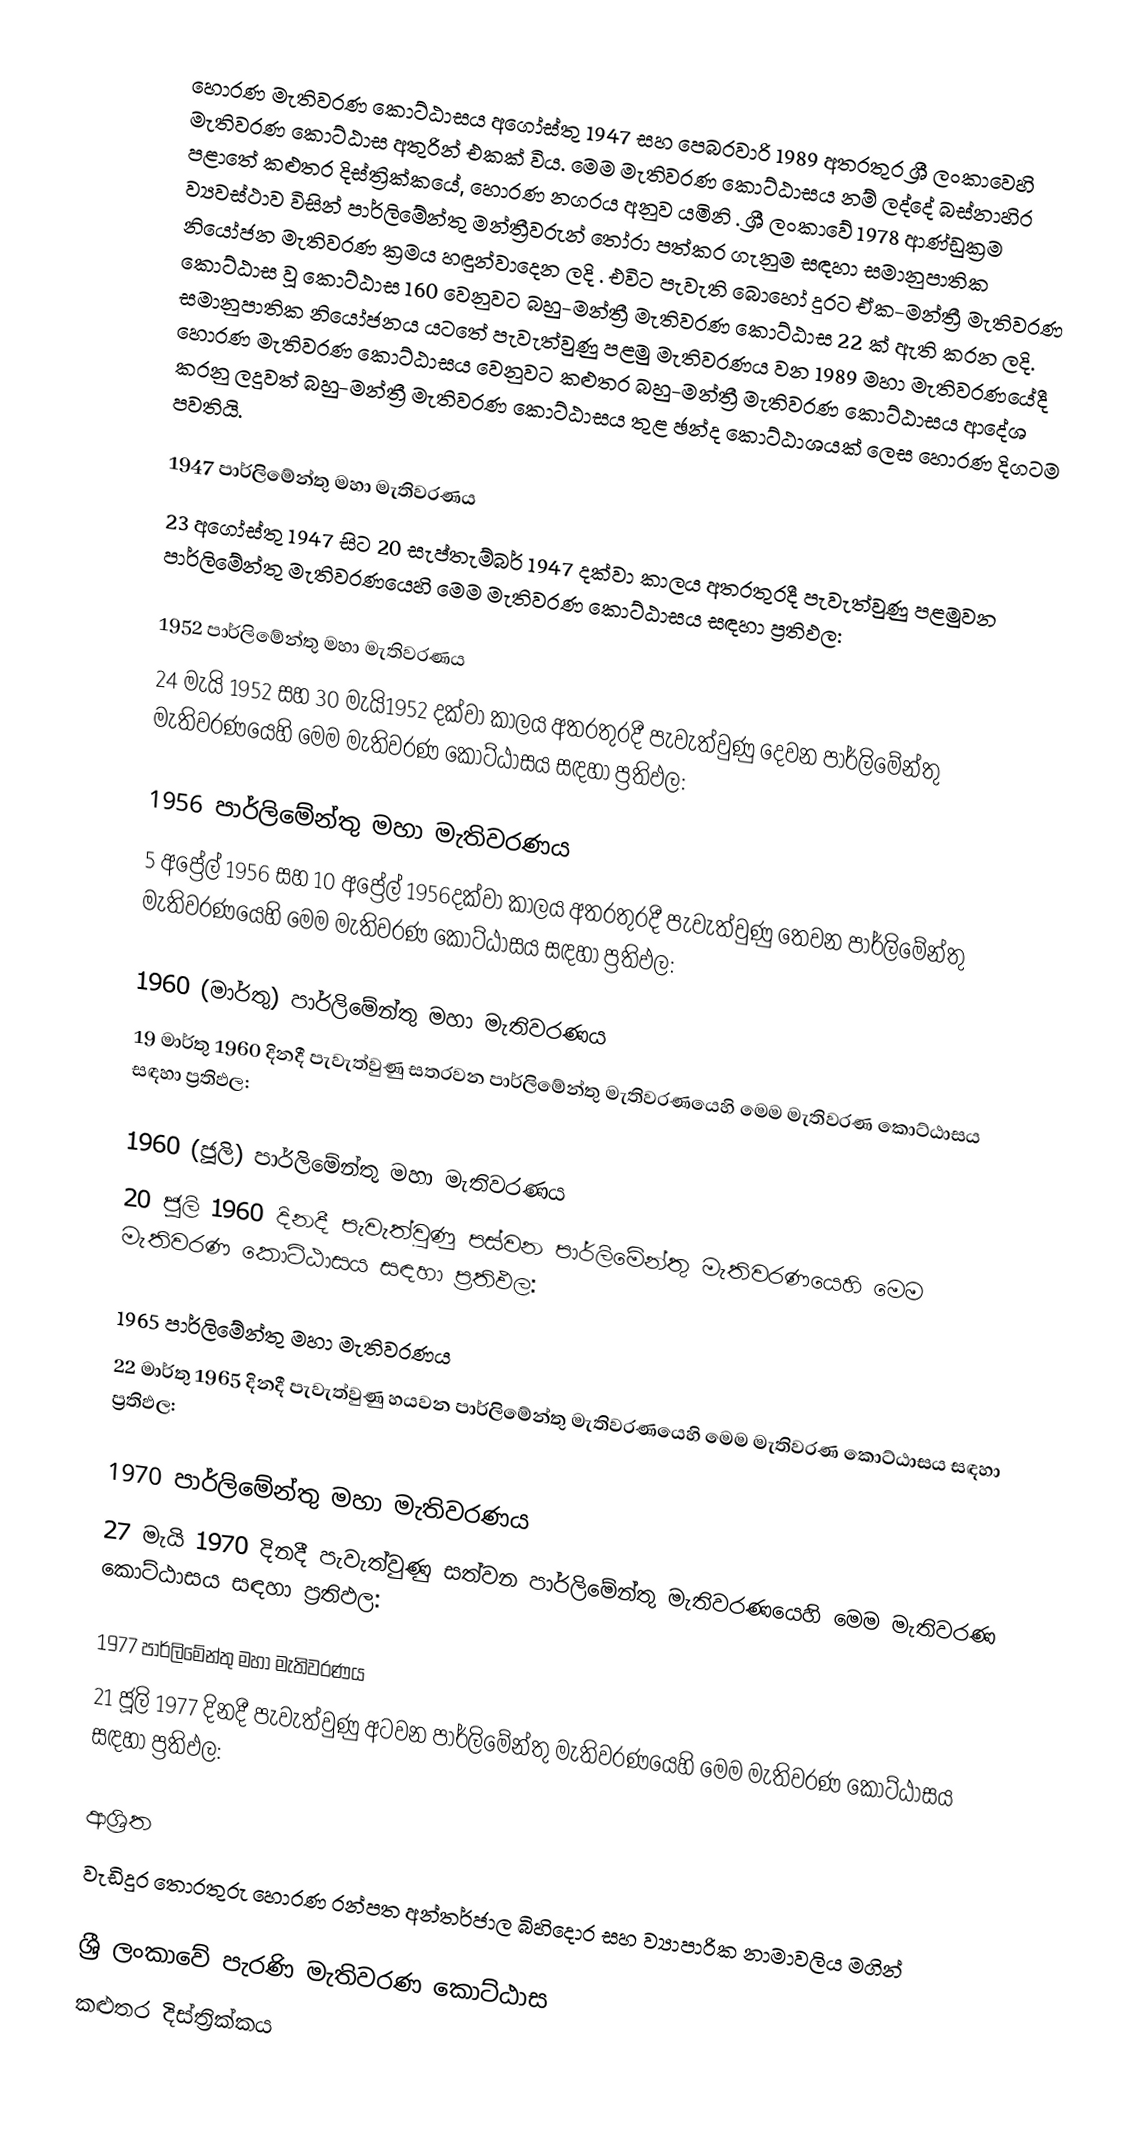
හොරණ මැතිවරණ කොට්ඨාසය  අගෝස්තු 1947 සහ පෙබරවාරි 1989 අතරතුර  ශ්‍රී ලංකාවෙහි  මැතිවරණ කොට්ඨාස අතුරින් එකක් විය. මෙම මැතිවරණ කොට්ඨාසය නම් ලද්දේ  බස්නාහිර පළාතේ  කළුතර දිස්ත්‍රික්කයේ,  හොරණ නගරය අනුව යමිනි . ශ්‍රී ලංකාවේ 1978 ආණ්ඩුක්‍රම ව්‍යවස්ථාව විසින්   පාර්ලිමේන්තු මන්ත්‍රීවරුන් තෝරා පත්කර ගැනුම සඳහා සමානුපාතික නියෝජන මැතිවරණ ක්‍රමය හඳුන්වාදෙන ලදි . එවිට පැවැති බොහෝ දුරට  ඒක-මන්ත්‍රී මැතිවරණ කොට්ඨාස වූ කොට්ඨාස 160 වෙනුවට බහු-මන්ත්‍රී මැතිවරණ කොට්ඨාස 22 ක් ඇති කරන ලදි. සමානුපාතික නියෝජනය යටතේ පැවැත්වුණු පළමු මැතිවරණය වන 1989 මහා මැතිවරණයේදී  හොරණ මැතිවරණ කොට්ඨාසය වෙනුවට  කළුතර බහු-මන්ත්‍රී මැතිවරණ කොට්ඨාසය  ආදේශ කරනු ලදුවත් බහු-මන්ත්‍රී මැතිවරණ කොට්ඨාසය තුළ ඡන්ද කොට්ඨාශයක් ලෙස හොරණ දිගටම පවතියි.

1947 පාර්ලිමේන්තු මහා මැතිවරණය
23 අගෝස්තු 1947 සිට 20 සැප්තැම්බර් 1947 දක්වා කාලය අතරතුරදී පැවැත්වුණු  පළමුවන පාර්ලිමේන්තු මැතිවරණයෙහි මෙම මැතිවරණ කොට්ඨාසය සඳහා ප්‍රතිඵල:

1952 පාර්ලිමේන්තු මහා මැතිවරණය
24 මැයි 1952 සහ 30 මැයි1952 දක්වා කාලය අතරතුරදී පැවැත්වුණු  දෙවන පාර්ලිමේන්තු මැතිවරණයෙහි මෙම මැතිවරණ කොට්ඨාසය සඳහා ප්‍රතිඵල:

1956 පාර්ලිමේන්තු මහා මැතිවරණය
5 අප්‍රේල් 1956 සහ 10 අප්‍රේල් 1956දක්වා කාලය අතරතුරදී පැවැත්වුණු  තෙවන පාර්ලිමේන්තු මැතිවරණයෙහි මෙම මැතිවරණ කොට්ඨාසය සඳහා ප්‍රතිඵල:

1960 (මාර්තු) පාර්ලිමේන්තු මහා මැතිවරණය
19 මාර්තු 1960 දිනදී පැවැත්වුණු  සතරවන පාර්ලිමේන්තු මැතිවරණයෙහි මෙම මැතිවරණ කොට්ඨාසය සඳහා ප්‍රතිඵල:

1960 (ජූලි) පාර්ලිමේන්තු මහා මැතිවරණය
20 ජූලි 1960 දිනදී පැවැත්වුණු  පස්වන පාර්ලිමේන්තු මැතිවරණයෙහි මෙම මැතිවරණ කොට්ඨාසය සඳහා ප්‍රතිඵල:

1965 පාර්ලිමේන්තු මහා මැතිවරණය
22 මාර්තු 1965  දිනදී පැවැත්වුණු  හයවන පාර්ලිමේන්තු මැතිවරණයෙහි මෙම මැතිවරණ කොට්ඨාසය සඳහා ප්‍රතිඵල:

1970 පාර්ලිමේන්තු මහා මැතිවරණය
27 මැයි 1970 දිනදී පැවැත්වුණු  සත්වන පාර්ලිමේන්තු මැතිවරණයෙහි මෙම මැතිවරණ කොට්ඨාසය සඳහා ප්‍රතිඵල:

1977 පාර්ලිමේන්තු මහා මැතිවරණය
21 ජූලි 1977 දිනදී පැවැත්වුණු  අටවන පාර්ලිමේන්තු මැතිවරණයෙහි මෙම මැතිවරණ කොට්ඨාසය සඳහා ප්‍රතිඵල:

ආශ්‍රිත
 වැඩිදුර තොරතුරු හොරණ රන්පත අන්තර්ජාල බිහිදොර සහ ව්‍යාපාරික නාමාවලිය මගින්

ශ්‍රී ලංකාවේ පැරණි මැතිවරණ කොට්ඨාස
 කළුතර  දිස්ත්‍රික්කය